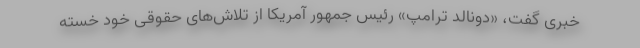
خبری گفت، «دونالد ترامپ» رئیس جمهور آمریکا از تلاش‌های حقوقی خود خسته